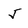
Character: 5